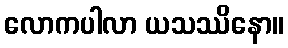
လောကပါလာ ယသဿိနော။